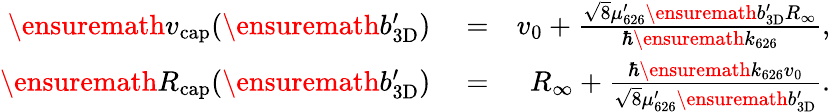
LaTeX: \begin{array}{rlr}{\ensuremath{v_{\mathrm{cap}}}(\ensuremath{b_{\mathrm{3D}}^{\prime}})}&{{}=}&{v_{0}+\frac{\sqrt{8}\mu_{626}^{\prime}\ensuremath{b_{\mathrm{3D}}^{\prime}}R_{\infty}}{\hbar\ensuremath{k_{626}}},}\\ {\ensuremath{R_{\mathrm{cap}}}(\ensuremath{b_{\mathrm{3D}}^{\prime}})}&{{}=}&{R_{\infty}+\frac{\hbar\ensuremath{k_{626}}v_{0}}{\sqrt{8}\mu_{626}^{\prime}\ensuremath{b_{\mathrm{3D}}^{\prime}}}.}\end{array}